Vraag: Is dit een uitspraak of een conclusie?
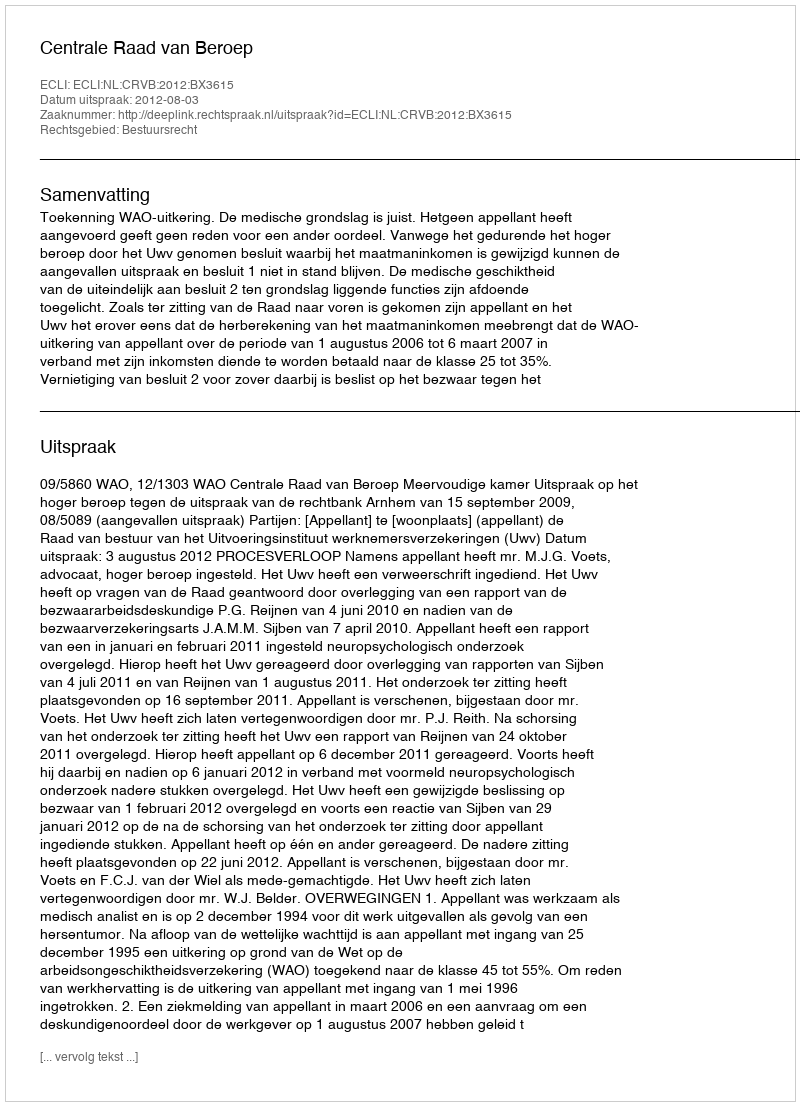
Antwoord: Uitspraak